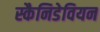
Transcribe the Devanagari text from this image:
स्कैनिडेवियन